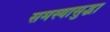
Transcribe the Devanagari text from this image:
समस्यासुद्धा